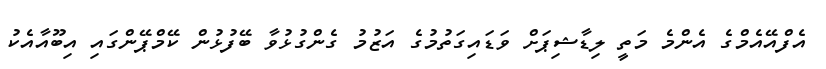
އެފްއޭއެމްގެ އެންމެ މަތީ ލިޑާޝިޕަށް ވަޑައިގަތުމުގެ އަޒުމު ގެންގުޅުވާ ބޭފުޅުން ކޭމްޕޭންގައި އިބޫއާއެކު